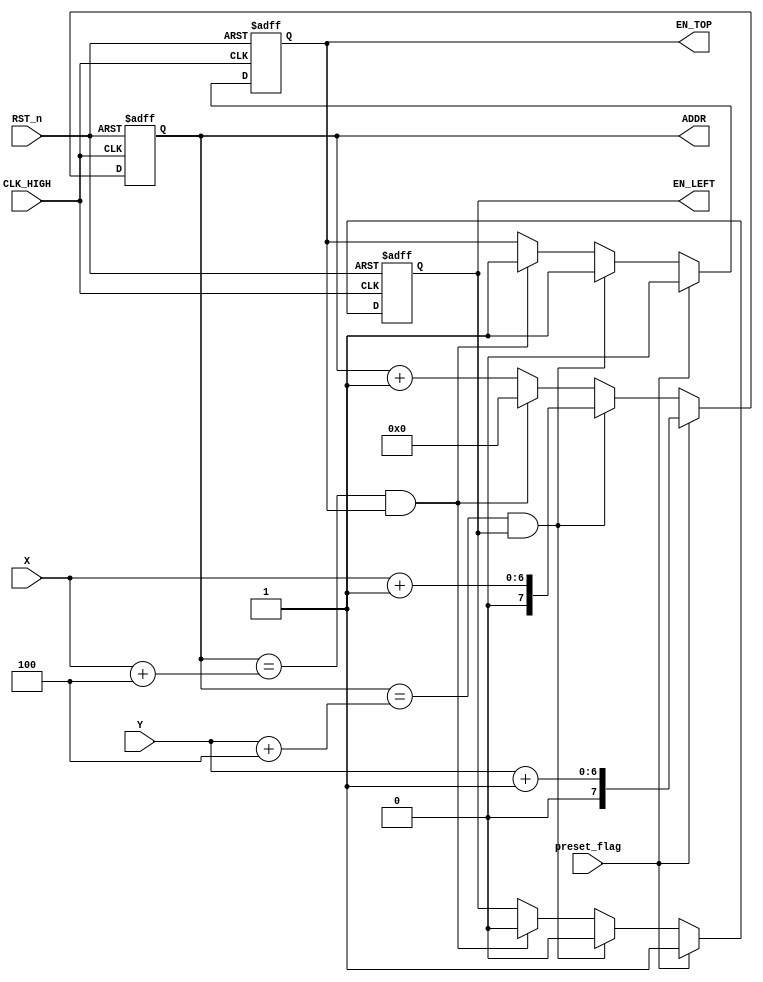
module ADDRESS_ABITRATE_DC
(
	input CLK_HIGH,
	input RST_n,
	input preset_flag,
	
	input [5:0]	X,
	input [5:0]	Y,
	
	output reg[7:0] ADDR,
	
	output reg EN_LEFT,
	output reg EN_TOP
);

	wire [7:0] X_end,Y_end;
	assign X_end = {2'b00,X} + 8'd4;
	assign Y_end = {2'b00,Y} + 8'd4;
	
	always @(posedge CLK_HIGH or negedge RST_n)
	begin
		if(RST_n==1'b0)
		begin
			ADDR <= 8'd0;
			EN_LEFT <= 1'b0;
			EN_TOP <= 1'b0;
		end
		else
		begin
			if(preset_flag==1'b1)
			begin
				ADDR <= {3'd0,Y}+8'd1;
				EN_LEFT <= 1'b1;
				EN_TOP <= 1'b0;
			end
			else
			begin
				if(ADDR==Y_end && EN_LEFT==1'b1)
				begin
					ADDR <= {3'd0,X}+8'd1;
					EN_LEFT <= 1'b0;
					EN_TOP <= 1'b1;
				end
				else if(ADDR==X_end && EN_TOP==1'b1)
				begin
					ADDR <= 8'd0;
					EN_LEFT <= 1'b0;
					EN_TOP <= 1'b1;
				end
				else
					ADDR <= ADDR + 1'b1;
			end
		end
	end
	
endmodule